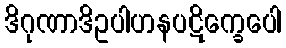
ဒိဂုဏာဒိဥပါဟနပဋိက္ခေပေါ